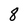
Character: 8